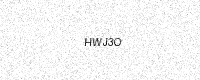
Text: HWJ3O